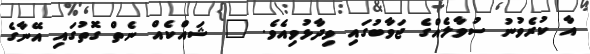
އާ ކުރެވުނު ސުވާލެއްގެ ޖަވާބުގައި ވިދާޅުވިއެވެ. " ޝައްކެއް ނެތް ގޮތުގައި އޭނާގެ